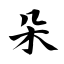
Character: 朵